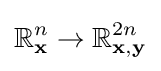
\mathbb {R} _{\mathbf {x} }^{n}\to \mathbb {R} _{\mathbf {x} ,\mathbf {y} }^{2n}